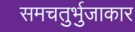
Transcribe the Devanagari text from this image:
समचतुर्भुजाकार